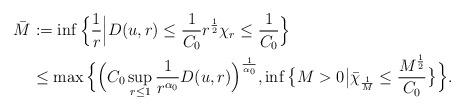
LaTeX: \begin{align*}\bar{M} &:= \inf \Big\{\frac{1}{r} \Big| D(u, r) \leq \frac{1}{C_0} r^{\frac12 }\chi_r \leq \frac{1}{C_0 } \Big\}\\&\leq \max \Big\{ \Big( C_0 \sup_{r \leq 1} \frac{1}{r^{\alpha_0}} D(u,r)\Big)^{\frac{1}{\alpha_0}} , \inf \big\{ M>0 \big| \bar{\chi}_{\frac{1}{M}} \leq \frac{M^{\frac12}}{C_0} \big\} \Big\}. \end{align*}